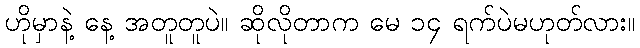
ဟိုမှာနဲ့ နေ့ အတူတူပဲ။ ဆိုလိုတာက မေ ၁၄ ရက်ပဲမဟုတ်လား။